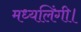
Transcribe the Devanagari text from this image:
मध्यलिंगी।